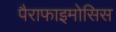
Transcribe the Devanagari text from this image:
पैराफाइमोसिस